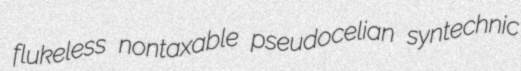
flukeless nontaxable pseudocelian syntechnic